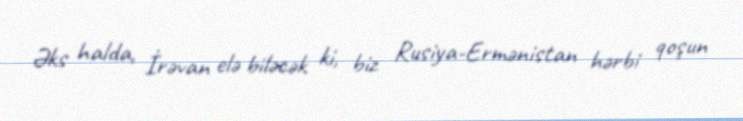
Əks halda, İrəvan elə biləcək ki, biz Rusiya-Ermənistan hərbi qoşun